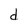
Character: d